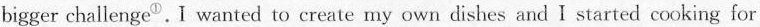
bigger challenge^{①}.I wanted to create my own dishes and I started cooking for